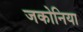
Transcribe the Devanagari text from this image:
जकोनिया